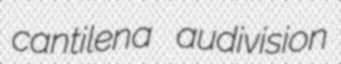
cantilena audivision